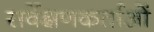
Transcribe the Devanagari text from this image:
सर्वेक्षणकर्ताओं